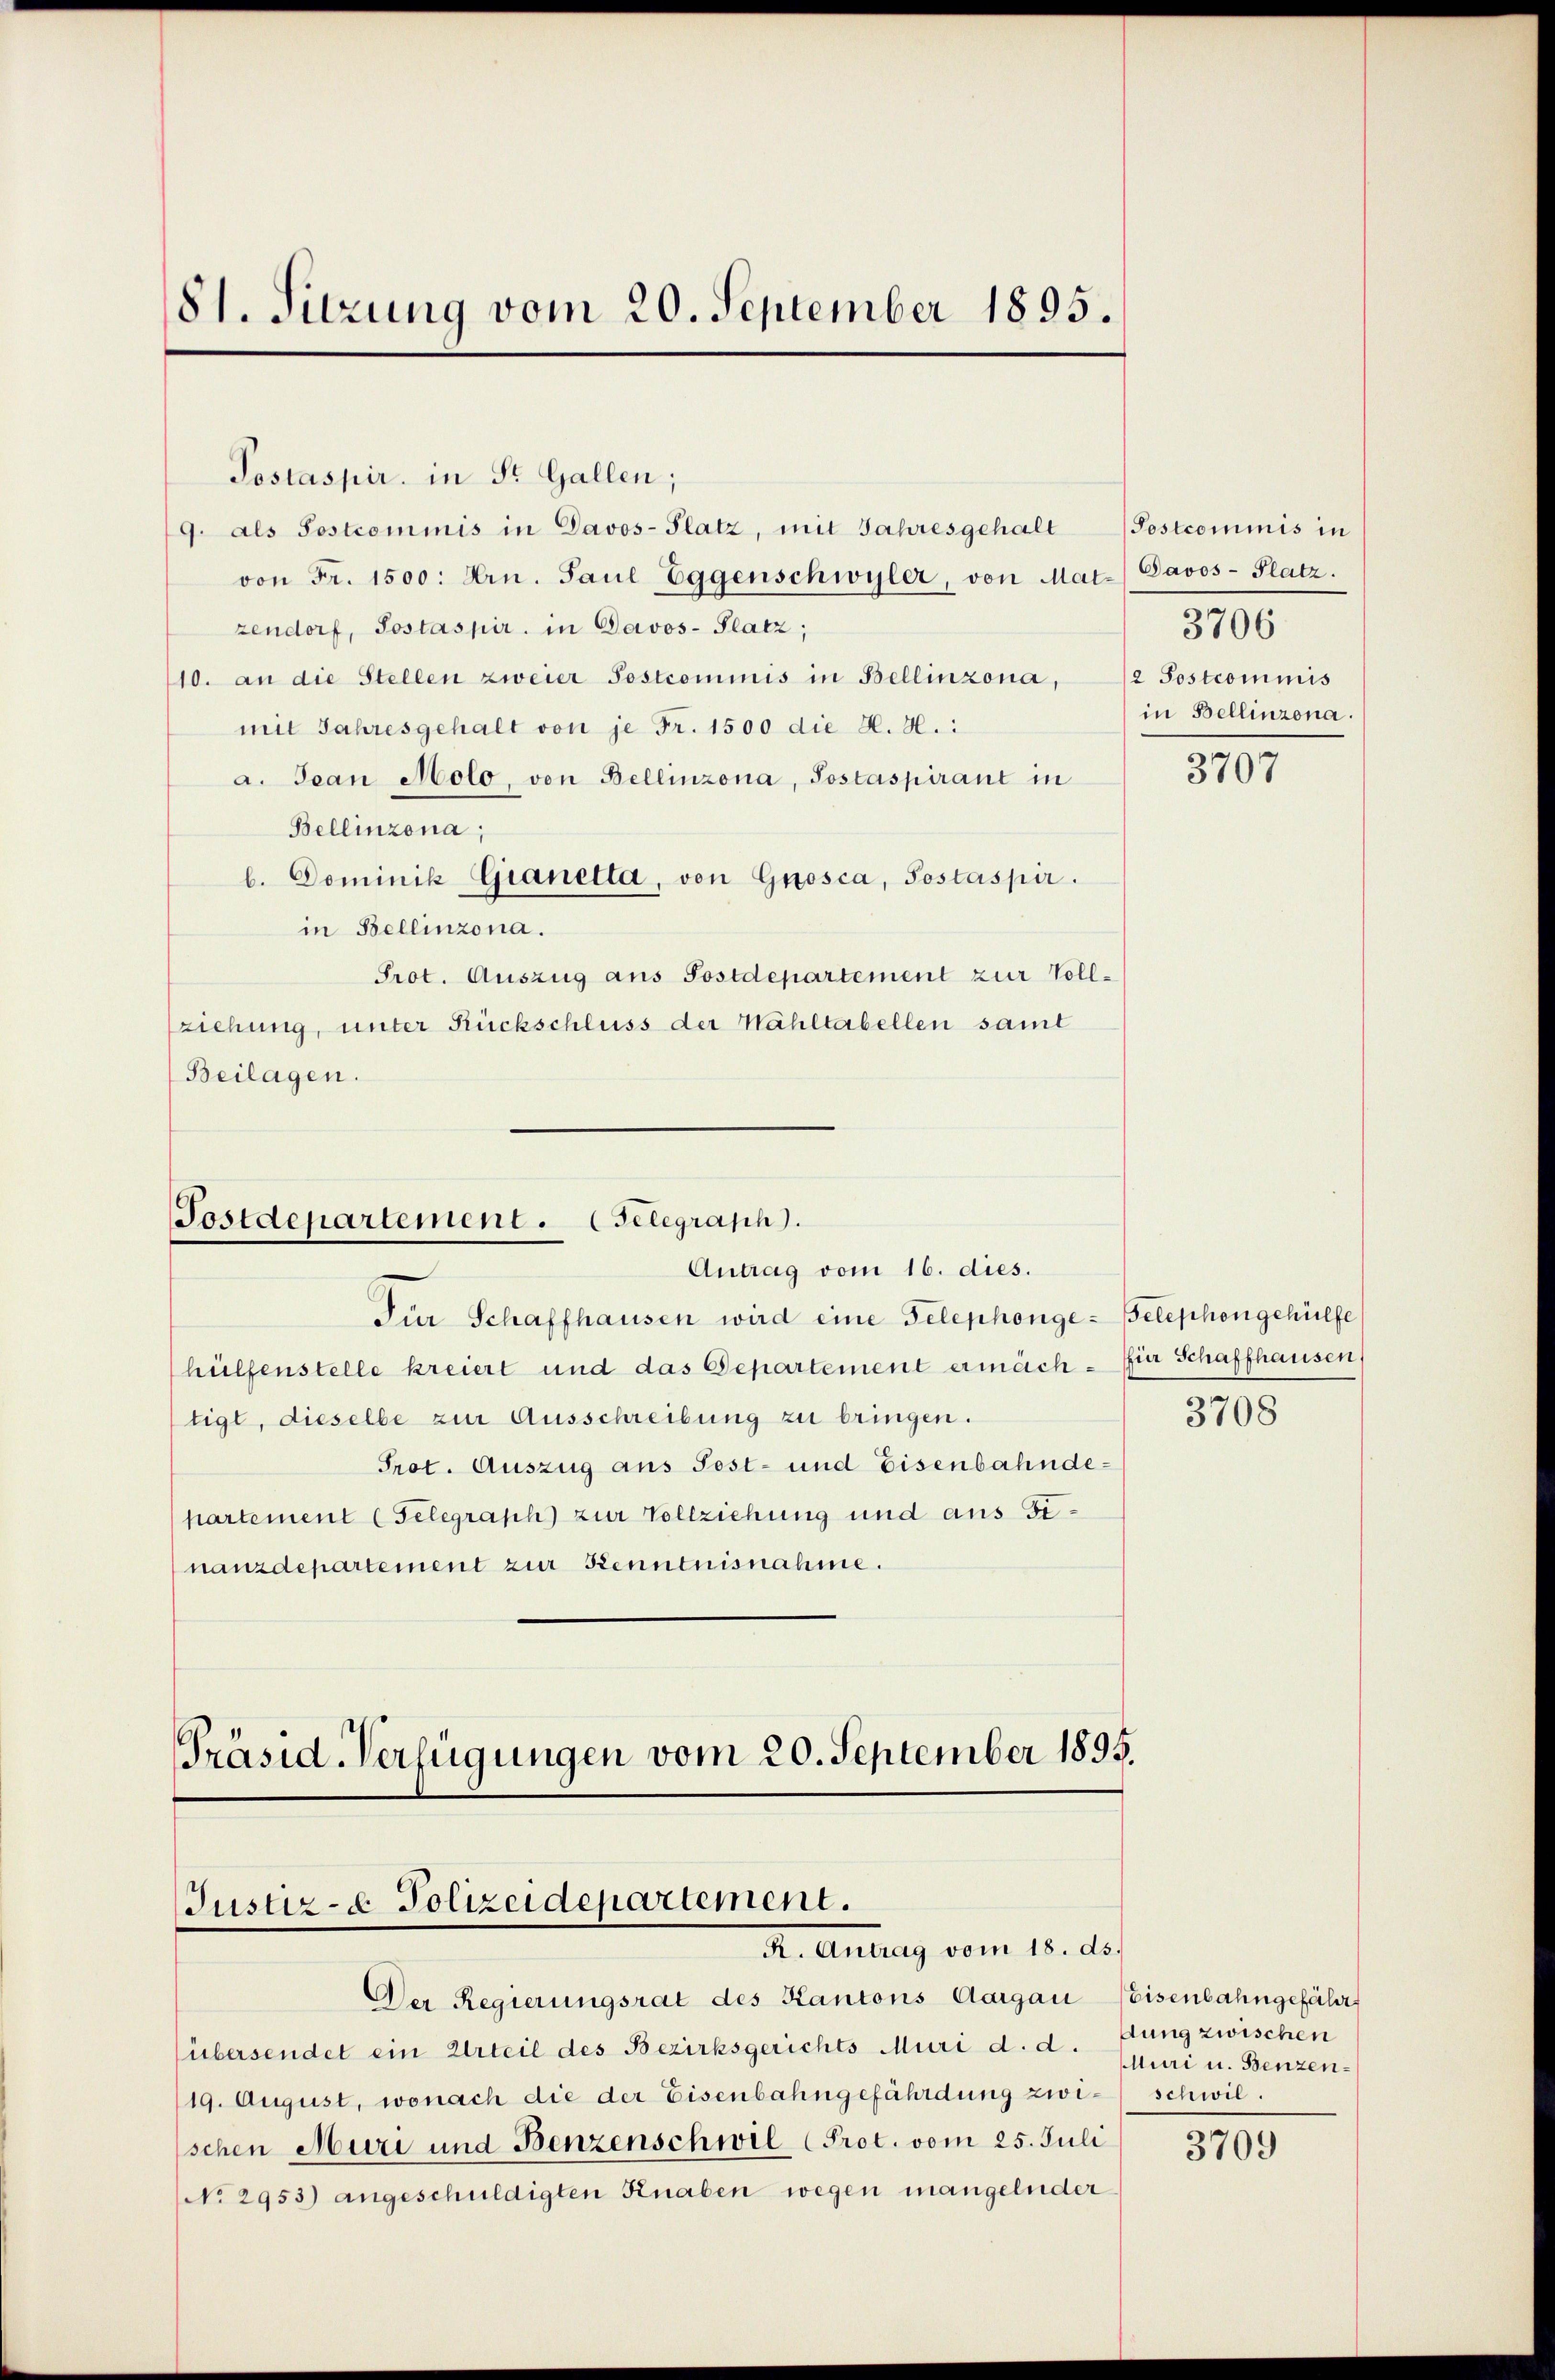
81. Sitzung vom 20. September 1895.

Postaspir, in St. Gallen;
9. als Sostrommnis in Davos- Platz, mit Jahresgehalt
von Fr. 1500. Hrn. Paul Eggenschwyler, von Mat.) Davos- Platz.
zendorf, Sostaspir. in Davos- Platz,
110. an die Stellen zweier Postcommis in Bellinzona, 2 Postcommis
mit Jahresgehalt von je Fr. 1500 die K. H.
a. Jean Molo, von Bellinzona, Postaspirant in
Bellinzona;
b. Dominik Gianetta, von Grosca, Postaspir.
in Bellinzona.
Prot. Auszug aus Postdepartement zur Vollziehung, unter Rückschluss der Wahltabellen samt
Beilagen.

Für Schaffhausen wird eine Telephonge-Telephongehülfe
hülfenstelle kreiert und das Departement ermächtigt, dieselbe zur Ausschreibung zu bringen.
Prot. Auszug aus Post- und Eisenbahndekartement (Felegraph zur Vollziehung und aus Genanzdepartement zur Kenntnisnahme.

Postdepartement. Gelegraph
Antrag vom 16. dies.

Postcommis in
in Bellinzona.

Präsid. Verfügungen vom 20. September 1895.
Justiz- & Polizeidepartement.
I. Antrag vom 15. des

Der Regierungsrat des Kantons Aargau Weisenbahngefähr
übersendet ein Urteil des Bezirksgerichts Muri d. d.
19. August, wonach die der Eisenbahngefährdung zwischen Muri und Benzenschwil (Prot. vom 25. Juli
No 2953) angeschuldigten Knaben wegen mangelnder

3706

3707

für Schaffhausen

3708

dung zwischen
Muri u. Benzenschwil.

3709